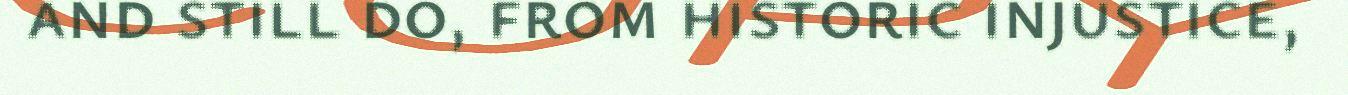
and still do, from historic injustice,